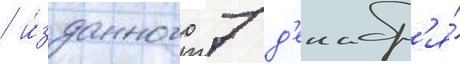
/ и́зданного 7 д'екабр'я́